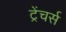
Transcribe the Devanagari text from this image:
ट्रेंचर्स